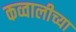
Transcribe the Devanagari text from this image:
कव्वालीच्या